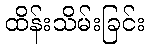
ထိန်းသိမ်းခြင်း